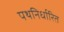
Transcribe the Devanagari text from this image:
पथनिर्धारित